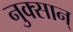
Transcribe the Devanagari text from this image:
नुक्सान्